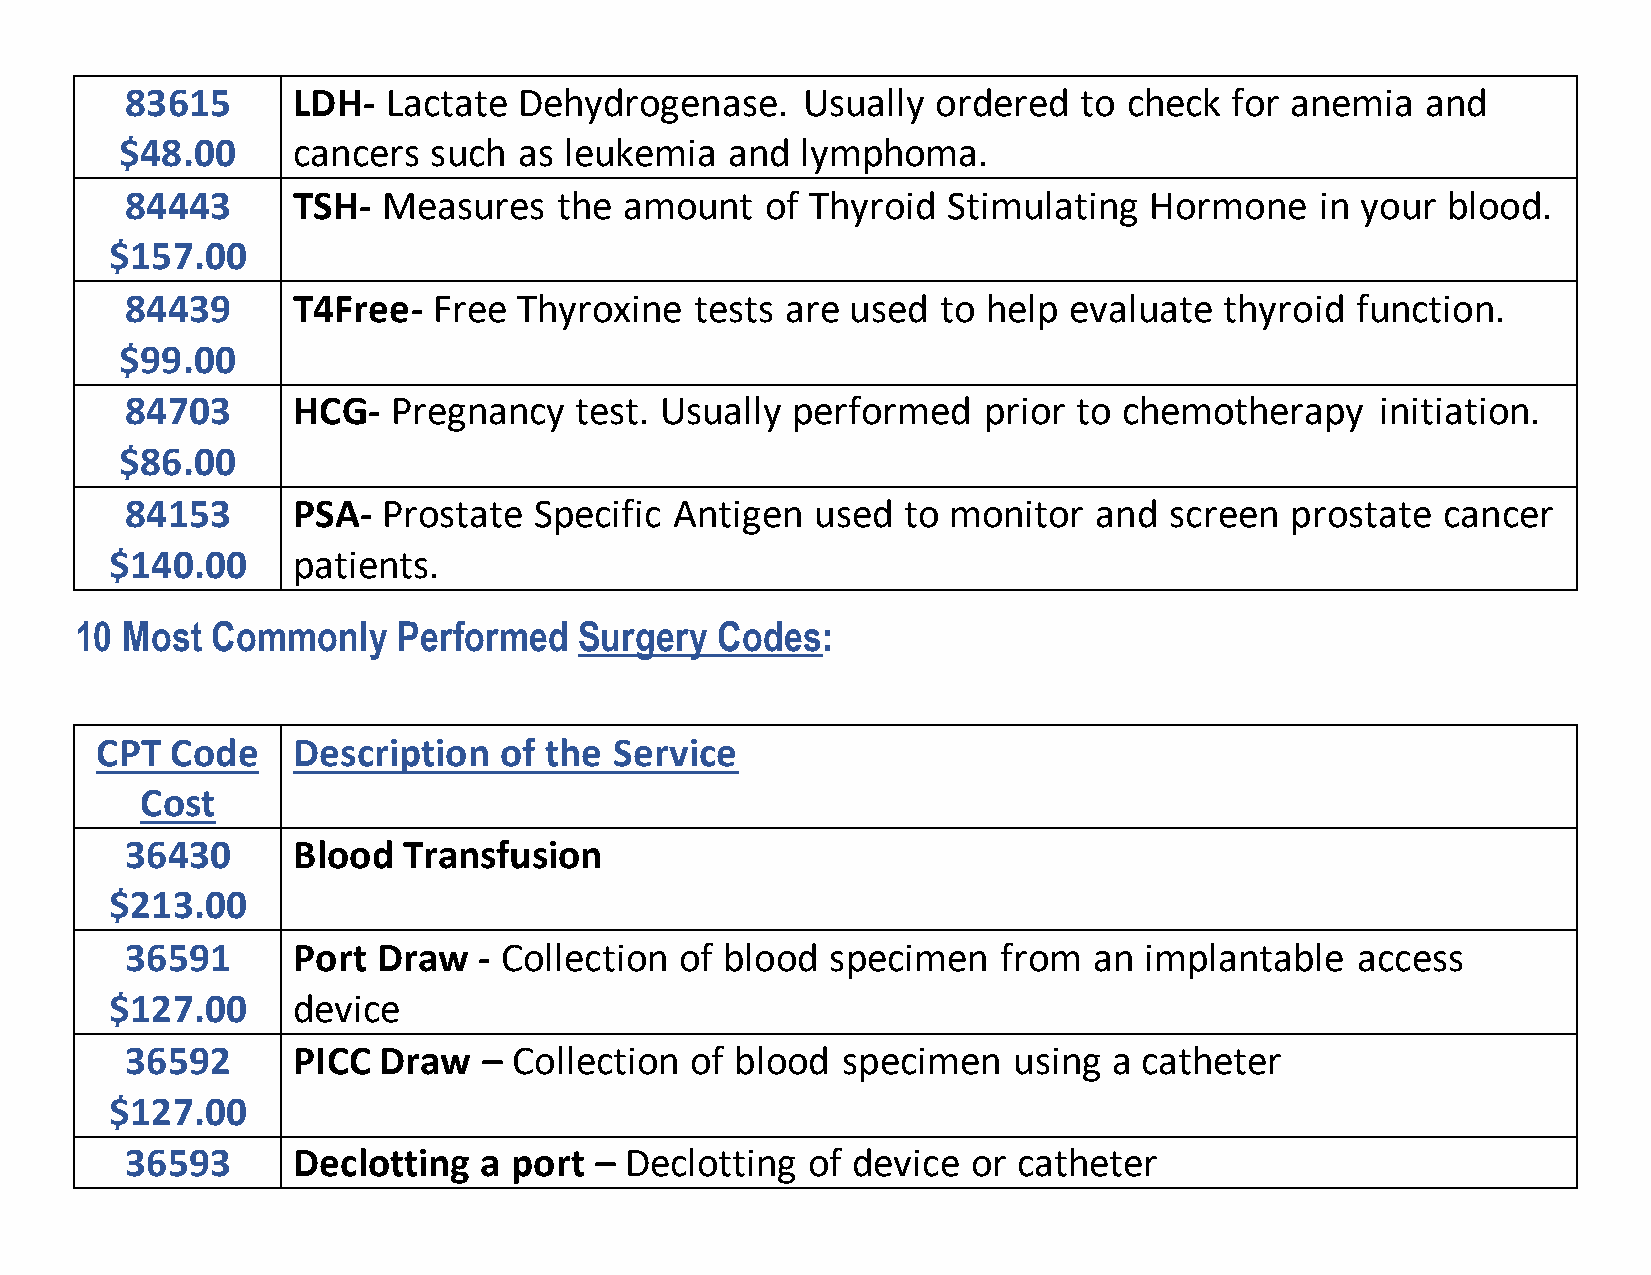
83615      LDH-   Lactate Dehydrogenase.     Usually  ordered  to  check for anemia   and
 $48.00     cancers  such  as leukemia   and  lymphoma.
 84443      TSH-  Measures    the amount    of Thyroid  Stimulating  Hormone    in your  blood.
 $157.00
 84439      T4Free-   Free Thyroxine   tests are used  to help  evaluate  thyroid  function.
 $99.00
 84703      HCG-   Pregnancy   test. Usually performed    prior to chemotherapy     initiation.
 $86.00
 84153      PSA-  Prostate  Specific  Antigen  used  to monitor  and  screen  prostate  cancer
 $140.00     patients.
 10 Most  Commonly    Performed   Surgery  Codes:
 CPT  Code    Description   of the  Service
 Cost
 36430      Blood   Transfusion
 $213.00
 36591      Port  Draw   - Collection of blood  specimen   from  an  implantable   access
 $127.00     device
 36592      PICC  Draw   – Collection  of blood  specimen   using  a catheter
 $127.00
 36593      Declotting   a port – Declotting  of device  or catheter